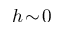
h \! \sim \! 0